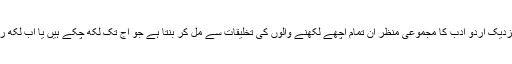
میرے نزدیک اردو ادب کا مجموعی منظر ان تمام اچھے لکھنے والوں کی تخلیقات سے مل کر بنتا ہے جو آج تک لکھ چکے ہیں یا اب لکھ رہے ہیں۔